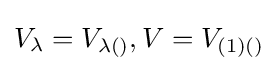
V_{\lambda }=V_{\lambda ()},V=V_{(1)()}